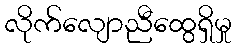
လိုက်လျောညီထွေရှိမှု